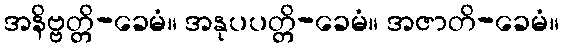
အနိဗ္ဗတ္တိ-ခေမံ။ အနုပပတ္တိ-ခေမံ။ အဇာတိ-ခေမံ။